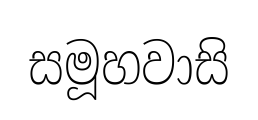
සමූහවාසි